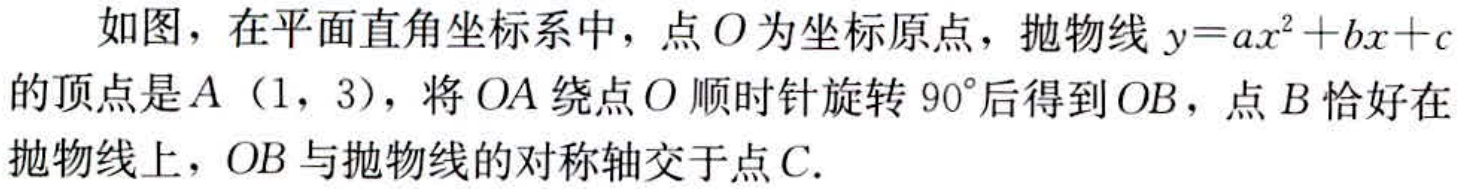
如图，在平面直角坐标系中，点\(O\)为坐标原点，抛物线\(y = ax^{2}+bx + c\)的顶点是\(A\)（\(1\)，\(3\)），将\(OA\)绕点\(O\)顺时针旋转\(90^{\circ}\)后得到\(OB\)，点\(B\)恰好在抛物线上，\(OB\)与抛物线的对称轴交于点\(C\).